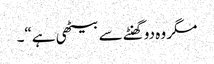
مگر وہ دوگھنٹے سے بیٹھی ہے“۔